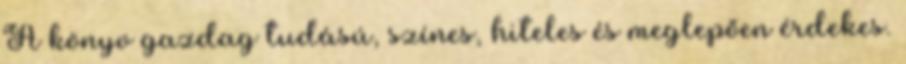
A könyv gazdag tudású, színes, hiteles és meglepően érdekes.